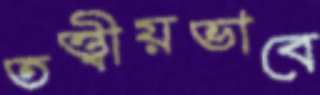
তত্ত্বীয়ভাবে